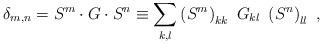
LaTeX: \begin{align*}\delta_{m,n}=S^{m}\cdot G\cdot S^{n}\equiv\sum_{k,l}\left( S^{m}\right)_{kk}~G_{kl}~\left( S^{n}\right) _{ll}\ , \end{align*}